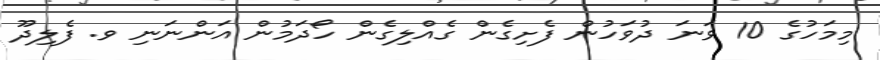
މިމަހުގެ 10 ވަނަ ދުވަހުން ފެށިގެން ގެއްލިގެން ހޯދަމުން އަންނަނި ވ. ފެލިދޫ